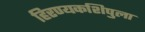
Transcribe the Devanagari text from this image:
हिरण्यकशिपुला